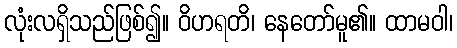
လုံးလရှိသည်ဖြစ်၍။ ဝိဟရတိ၊ နေတော်မူ၏။ ထာမဝါ၊